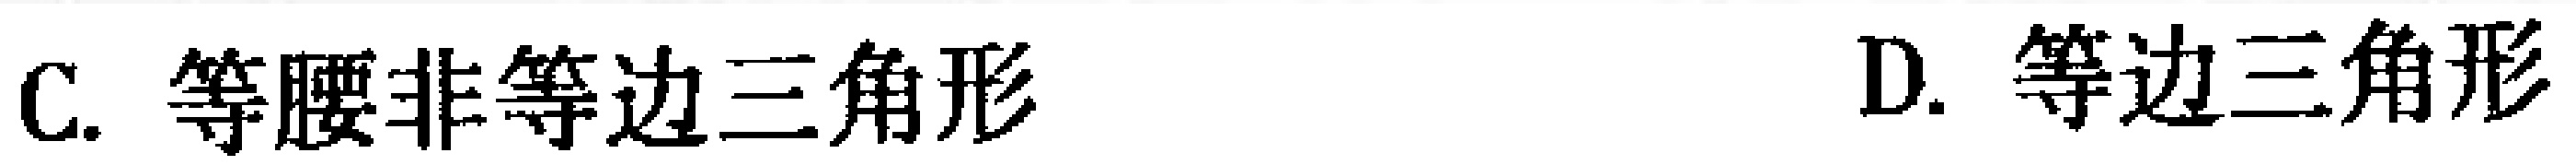
C. 等腰非等边三角形 \quad D. 等边三角形